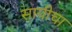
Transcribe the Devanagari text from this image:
सायीचा